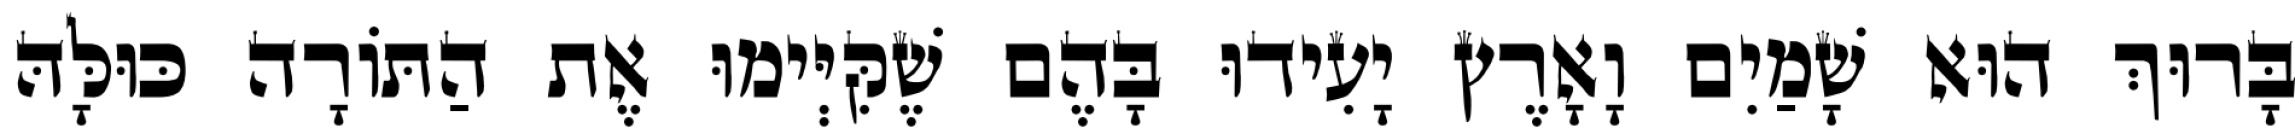
בָּרוּךְ הוּא שָׁמַיִם וָאָרֶץ יָעִידוּ בָּהֶם שֶׁקִּיְּימוּ אֶת הַתּוֹרָה כּוּלָּהּ